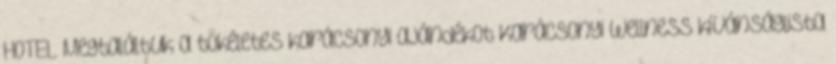
HOTEL Megtaláltuk a tökéletes karácsonyi ajándékot Karácsonyi wellness kívánságlista